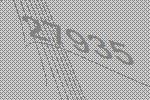
27935